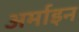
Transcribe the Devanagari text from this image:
अर्माइन